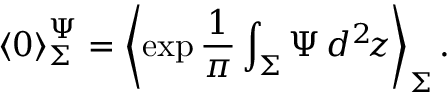
{ \langle 0 \rangle } _ { \Sigma } ^ { \Psi } = \left\langle \exp \frac { 1 } { \pi } \int _ { \Sigma } \Psi \, d ^ { 2 } \! z \right\rangle _ { \Sigma } .